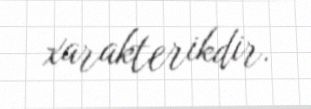
xarakterikdir.